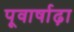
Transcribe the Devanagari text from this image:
पूवार्षाढ़ा